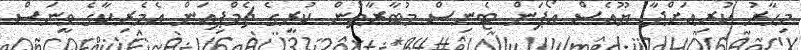
މިހާރު ކުރިއަށްދާ ޔޫއެސް އޯޕަން ޓެނިސް މުބާރާތުން ކުރީގެ ޗެމްޕިއަން އެމެރިކާގެ ވީނަސް